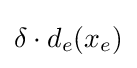
\delta \cdot d_{e}(x_{e})